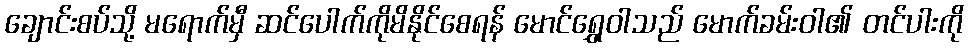
ချောင်းစပ်သို့ မရောက်မှီ ဆင်ပေါက်ကိုမိနိုင်စေရန် မောင်ရွှေဝါသည် မောက်ခမ်းဝါ၏ တင်ပါးကို